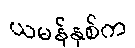
ယမန်နှစ်က